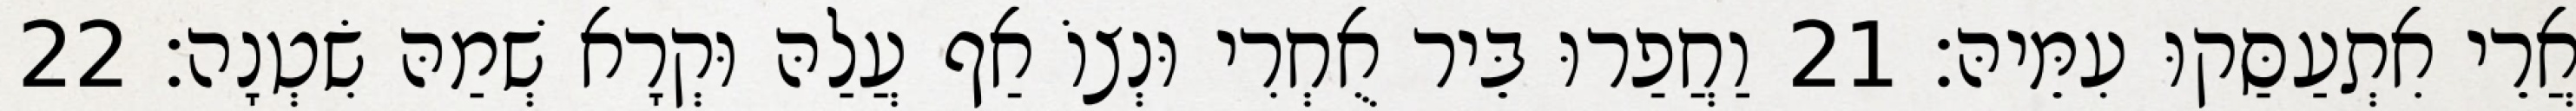
אֲרֵי אִתְעַסַּקוּ עִמֵּיהּ׃ 21 וַחֲפַרוּ בֵּיר אֻחְרִי וּנְצוֹ אַף עֲלַהּ וּקְרָא שְׁמַהּ שִׂטְנָה׃ 22